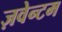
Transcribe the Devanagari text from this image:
ज़वेन्टम